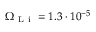
\Omega _ { \mathrm { ~ L ~ i ~ } } = 1 . 3 \cdot 1 0 ^ { - 5 }